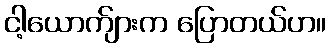
ငါ့ယောက်ျားက ပြောတယ်ဟ။